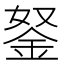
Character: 𨥬